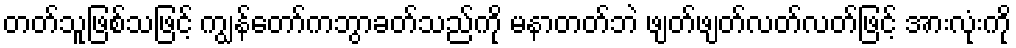
တတ်သူဖြစ်သဖြင့် ကျွန်တော်ကဘွာခတ်သည်ကို မနာတတ်ဘဲ ဖျတ်ဖျတ်လတ်လတ်ဖြင့် အားလုံးကို